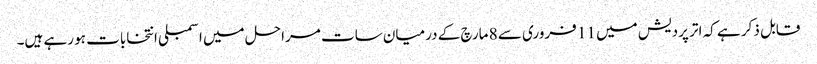
قابل ذکر ہے کہ اتر پردیش میں 11 فروری سے 8 مارچ کے درمیان سات مراحل میں اسمبلی انتخابات ہو رہے ہیں۔